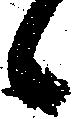
候